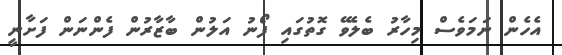
އެހެން ނަމަވެސް މިހާރު ބެލެވޭ ގޮތުގައި ފޯނު އަލުން ބާޒާރުން ފެންނަން ފަށާނީ